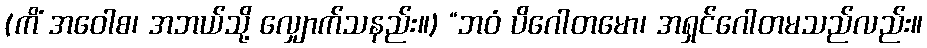
(ကိံ အဝေါစ၊ အဘယ်သို့ လျှောက်သနည်း။) “ဘဝံ ပိဂေါတမော၊ အရှင်ဂေါတမသည်လည်း။